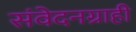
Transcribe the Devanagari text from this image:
संवेदनग्राही